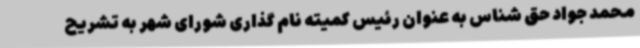
محمد جواد حق شناس به عنوان رئیس کمیته نام گذاری شورای شهر به تشریح